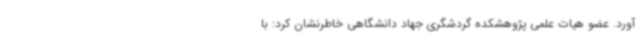
آورد. عضو هیات علمی پژوهشکده گردشگری جهاد دانشگاهی خاطرنشان کرد: با